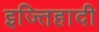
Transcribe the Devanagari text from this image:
इज्तिहादी